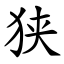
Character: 狭